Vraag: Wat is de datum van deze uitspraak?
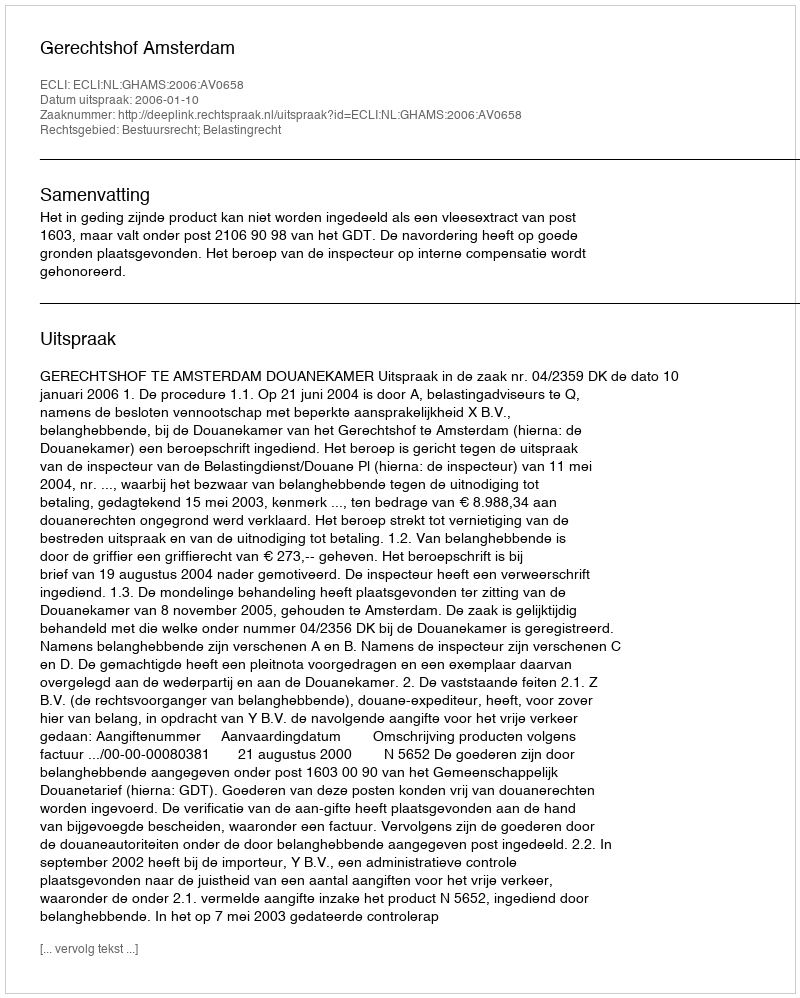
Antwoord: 2006-01-10